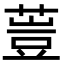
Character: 䔇